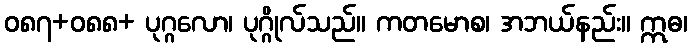
ဝ၈၇+၀၈၈+ ပုဂ္ဂလော၊ ပုဂ္ဂိုလ်သည်။ ကတမောစ၊ အဘယ်နည်း။ ဣဓ၊